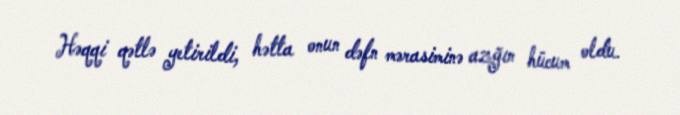
Həqqi qətlə yetirildi, hətta onun dəfn mərasiminə azğın hücum oldu.